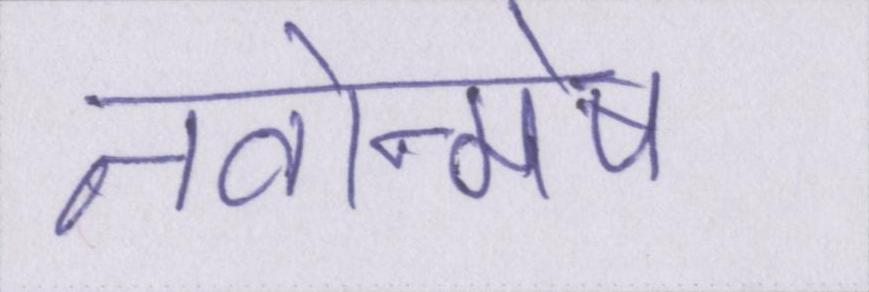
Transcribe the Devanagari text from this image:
नवोन्मेष